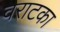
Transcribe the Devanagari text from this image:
वराटका